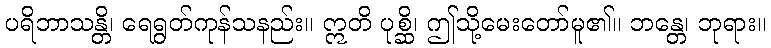
ပရိဘာသန္တိ၊ ရေရွတ်ကုန်သနည်း။ ဣတိ ပုစ္ဆိ၊ ဤသို့မေးတော်မူ၏။ ဘန္တေ၊ ဘုရား။